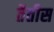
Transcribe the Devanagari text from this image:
तैतीस